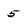
Character: 5